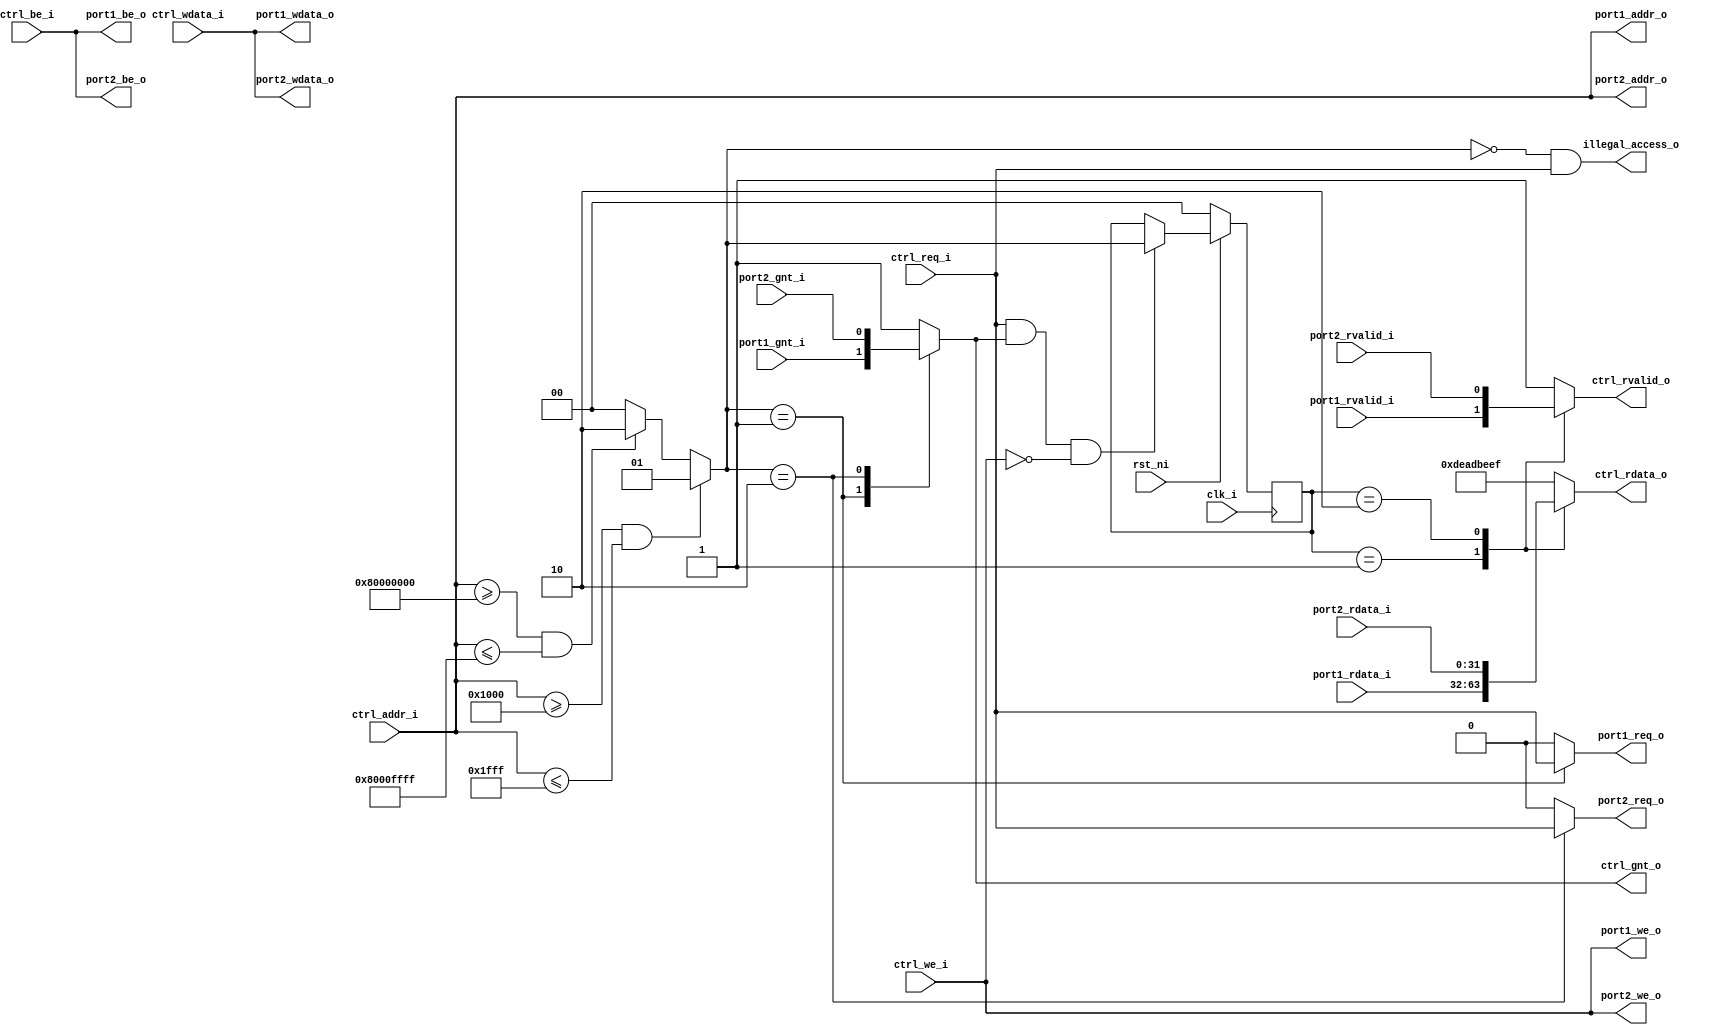
module obi_demux_1_to_2 #(
    parameter PORT1_BASE_ADDR = 32'h00001000,
    parameter PORT1_END_ADDR  = 32'h00001FFF,
    parameter PORT2_BASE_ADDR = 32'h80000000,
    parameter PORT2_END_ADDR  = 32'h8000FFFF)
(
    input               clk_i,
    input               rst_ni,

    // Controller (Master) OBI interface
    input               ctrl_req_i,
    output reg          ctrl_gnt_o,
    input        [31:0] ctrl_addr_i,
    input               ctrl_we_i,
    input        [3:0]  ctrl_be_i,
    input        [31:0] ctrl_wdata_i,
    output reg          ctrl_rvalid_o,
    output reg   [31:0] ctrl_rdata_o,

    // Port 1 (Slave) OBI interface
    output reg          port1_req_o,
    input               port1_gnt_i,
    output wire  [31:0] port1_addr_o,
    output wire         port1_we_o,
    output wire  [3:0]  port1_be_o,
    output wire  [31:0] port1_wdata_o,
    input               port1_rvalid_i,
    input        [31:0] port1_rdata_i,

    // Port 2 (Slave) OBI interface
    output reg          port2_req_o,
    input               port2_gnt_i,
    output wire  [31:0] port2_addr_o,
    output wire         port2_we_o,
    output wire  [3:0]  port2_be_o,
    output wire  [31:0] port2_wdata_o,
    input               port2_rvalid_i,
    input        [31:0] port2_rdata_i,

    output wire         illegal_access_o
);


    // Address and Response routing mux selections (0 = no route selected!)
    reg [1:0]  addr_sel, resp_sel;

    /////////////////////
    // Address Decoder //
    /////////////////////

    // Generate address select signal based on input address
    /* verilator lint_off UNSIGNED */
    /* verilator lint_off CMPCONST */
    always @(*) begin
        if ((ctrl_addr_i >= PORT1_BASE_ADDR) && (ctrl_addr_i <= PORT1_END_ADDR))
            addr_sel = 1;
        else if ((ctrl_addr_i >= PORT2_BASE_ADDR) && (ctrl_addr_i <= PORT2_END_ADDR))
            addr_sel = 2;
        else
            addr_sel = 0;
    end
    /* verilator lint_on CMPCONST */
    /* verilator lint_on UNSIGNED */

    ///////////////////////////
    // Address Phase Routing //
    ///////////////////////////

    always @(*) begin
        // Multiplex portx_gnt_i to ctrl_gnt_o
        case (addr_sel)
            1: ctrl_gnt_o = port1_gnt_i;
            2: ctrl_gnt_o = port2_gnt_i;
            default: ctrl_gnt_o = 1; // error response
        endcase
    end

    always @(*) begin
        // Demultiplex ctrl_req_i to portx_req_o
        port1_req_o = (addr_sel == 1) ? ctrl_req_i : 1'b0;
        port2_req_o = (addr_sel == 2) ? ctrl_req_i : 1'b0;
    end

    // Assign ctrl signals to all portx outputs
    assign port1_addr_o  = ctrl_addr_i;
    assign port1_wdata_o = ctrl_wdata_i;
    assign port1_be_o    = ctrl_be_i;
    assign port1_we_o    = ctrl_we_i;

    assign port2_addr_o  = ctrl_addr_i;
    assign port2_wdata_o = ctrl_wdata_i;
    assign port2_be_o    = ctrl_be_i;
    assign port2_we_o    = ctrl_we_i;

    ////////////////////////////
    // Response Phase Routing //
    ////////////////////////////

    wire accepted;
    assign accepted = ctrl_req_i && ctrl_gnt_o && !ctrl_we_i;

    // Response tracking (resp_sel)
    always @(posedge clk_i) begin
        if (!rst_ni)
            resp_sel <= 0;
        else if (accepted) begin
            resp_sel <= addr_sel;
        end
    end

    always @(*) begin
        // Multiplex portx_rvalid_i to ctrl_rvalid_o based on resp_sel
        case (resp_sel)
            1: ctrl_rvalid_o = port1_rvalid_i;
            2: ctrl_rvalid_o = port2_rvalid_i;
            default: ctrl_rvalid_o = 1; // error response
        endcase
    end

    always @(*) begin
        // Multiplex portx_rdata_i to ctrl_rdata_o based on resp_sel
        case (resp_sel)
            1: ctrl_rdata_o = port1_rdata_i;
            2: ctrl_rdata_o = port2_rdata_i;
            default: ctrl_rdata_o = 32'hDEAD_BEEF; // error response
        endcase
    end

    assign illegal_access_o = (addr_sel == 0) && ctrl_req_i;

endmodule